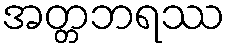
အတ္တဘရဿ